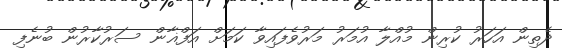
ދެތިން އަހަރު ކުރިން މުއްލާ އުމަރު މަރުވެފައިވާ ކަމަށް އަފްޣާން ސަރުކާރުން ބުނެފި